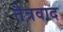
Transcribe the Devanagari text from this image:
तैत्रवाद